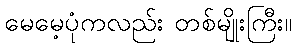
မေမေ့ပုံကလည်း တစ်မျိုးကြီး။